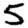
Digit: 5